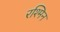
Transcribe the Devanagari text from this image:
रश्मिन